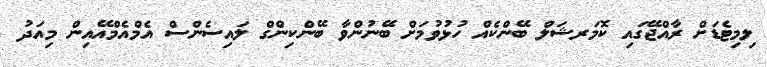
ލިމިޓެޑަށް ރާއްޖޭގައި ކޮމަރޝަލް ބޭންކެއް ހުޅުވުމަށް ބޭނުންވާ ބޭންކިންގް ލައިސެންސް އެމްއެމްއޭއިން މިއަދު